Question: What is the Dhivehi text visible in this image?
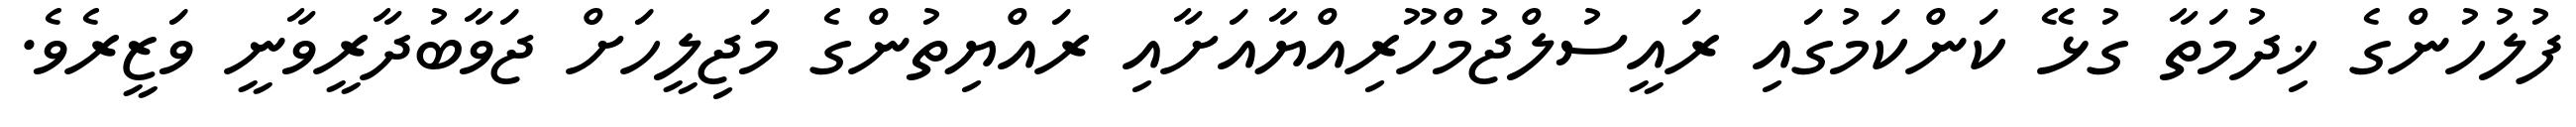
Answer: ފުލުހުންގެ ޚިދުމަތާ ގުޅޭ ކަންކަމުގައި ރައީސުލްޖުމްހޫރިއްޔާއަށާއި ރައްޔިތުންގެ މަޖިލީހަށް ޖަވާބުދާރީވާނީ ވަޒީރެވެ.